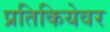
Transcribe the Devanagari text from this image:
प्रतिकियेवर